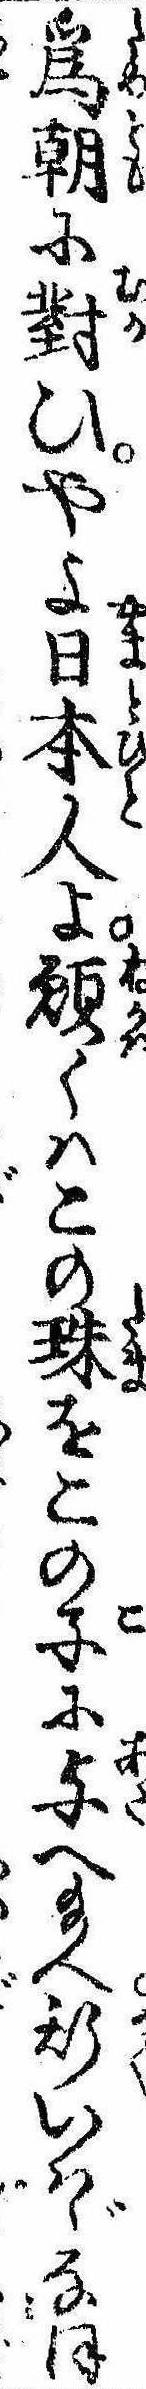
為朝に対ひやよ日本人よ願くはこの珠をこの子に与へ給へ斯いはゞなほ